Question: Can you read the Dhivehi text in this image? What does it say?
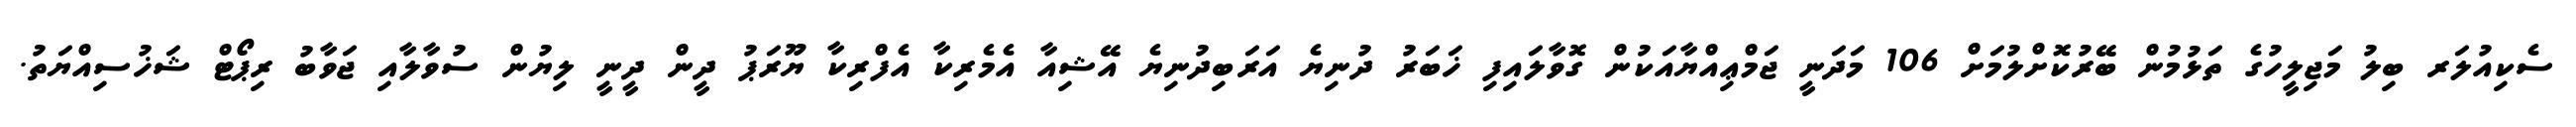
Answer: ސެކިއުލަރ ބިލު މަޖިލީހުގެ ތަޅުމުން ބޭރުކޮށްލުމަށް 106 މަދަނީ ޖަމްޢިއްޔާއަކުން ގޮވާލައިފި ޚަބަރު ދުނިޔެ އަރަބިދުނިޔެ އޭޝިއާ އެމެރިކާ އެފްރިކާ ޔޫރަޕު ދީން ދީނީ ލިޔުން ސުވާލާއި ޖަވާބު ރިޕޯޓް ޝަޚުސިއްޔަތު.